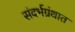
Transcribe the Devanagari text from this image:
संदर्भग्रंथात